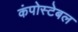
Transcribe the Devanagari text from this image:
कंपोस्टेबल